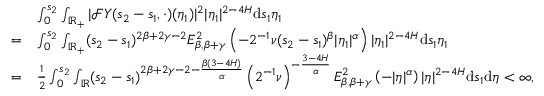
\begin{array} { r l } & { \int _ { 0 } ^ { s _ { 2 } } \int _ { \mathbb { R } _ { + } } | \mathcal { F } Y ( s _ { 2 } - s _ { 1 } , \cdot ) ( \eta _ { 1 } ) | ^ { 2 } | \eta _ { 1 } | ^ { 2 - 4 H } \ensuremath { \mathrm { d } } s _ { 1 } \eta _ { 1 } } \\ { = } & { \int _ { 0 } ^ { s _ { 2 } } \int _ { \mathbb { R } _ { + } } ( s _ { 2 } - s _ { 1 } ) ^ { 2 \beta + 2 \gamma - 2 } E _ { \beta , \beta + \gamma } ^ { 2 } \left( - 2 ^ { - 1 } \nu ( s _ { 2 } - s _ { 1 } ) ^ { \beta } | \eta _ { 1 } | ^ { \alpha } \right) | \eta _ { 1 } | ^ { 2 - 4 H } \ensuremath { \mathrm { d } } s _ { 1 } \eta _ { 1 } } \\ { = } & { \frac { 1 } { 2 } \int _ { 0 } ^ { s _ { 2 } } \int _ { \mathbb { R } } ( s _ { 2 } - s _ { 1 } ) ^ { 2 \beta + 2 \gamma - 2 - \frac { \beta ( 3 - 4 H ) } { \alpha } } \left( 2 ^ { - 1 } \nu \right) ^ { - \frac { 3 - 4 H } { \alpha } } E _ { \beta , \beta + \gamma } ^ { 2 } \left( - | \eta | ^ { \alpha } \right) | \eta | ^ { 2 - 4 H } \ensuremath { \mathrm { d } } s _ { 1 } \ensuremath { \mathrm { d } } \eta < \infty , } \end{array}